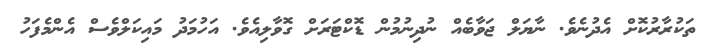
ތަކުރާރުކޮށް އެދުނެވެ. ނާޔަލް ޖަވާބެއް ނުދިނުމުން ޑޮކްޓަރަށް ގޮވާލިއެވެ. އަހުމަދު މައިކަލްވެސް އެންމެފަހު